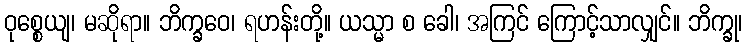
ဝုစ္စေယျ၊ မဆိုရာ။ ဘိက္ခဝေ၊ ရဟန်းတို့။ ယသ္မာ စ ခေါ၊ အကြင် ကြောင့်သာလျှင်။ ဘိက္ခု၊